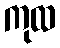
ကုထ